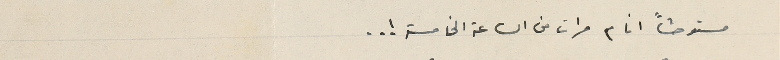
مستوحشاً انام مرات من الساعة الخامسة !..